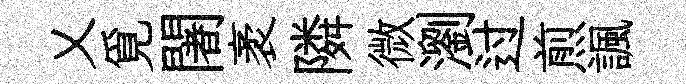
乂覓闍袤隣微瀏过煎諷